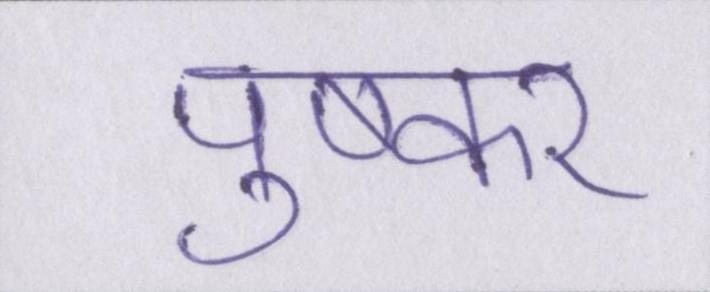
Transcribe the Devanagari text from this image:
पुष्कर